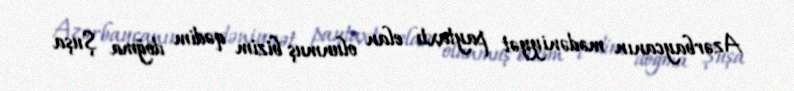
Azərbaycanın mədəniyyət paytaxtı elan olunmuş bizim qədim doğma Şuşa